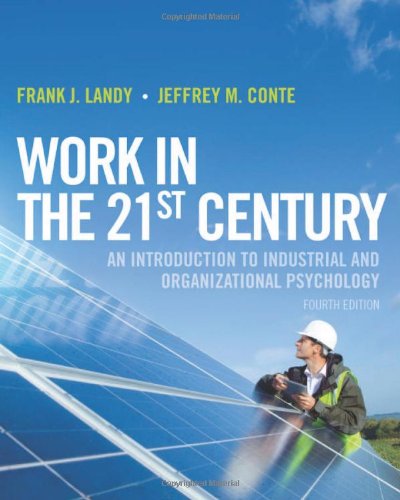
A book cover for Work in the 21st Century: An Introduction to Industrial and Organizational Psychology; Frank J. Landy; Medical Books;